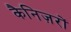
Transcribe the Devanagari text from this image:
कैनिज़रों